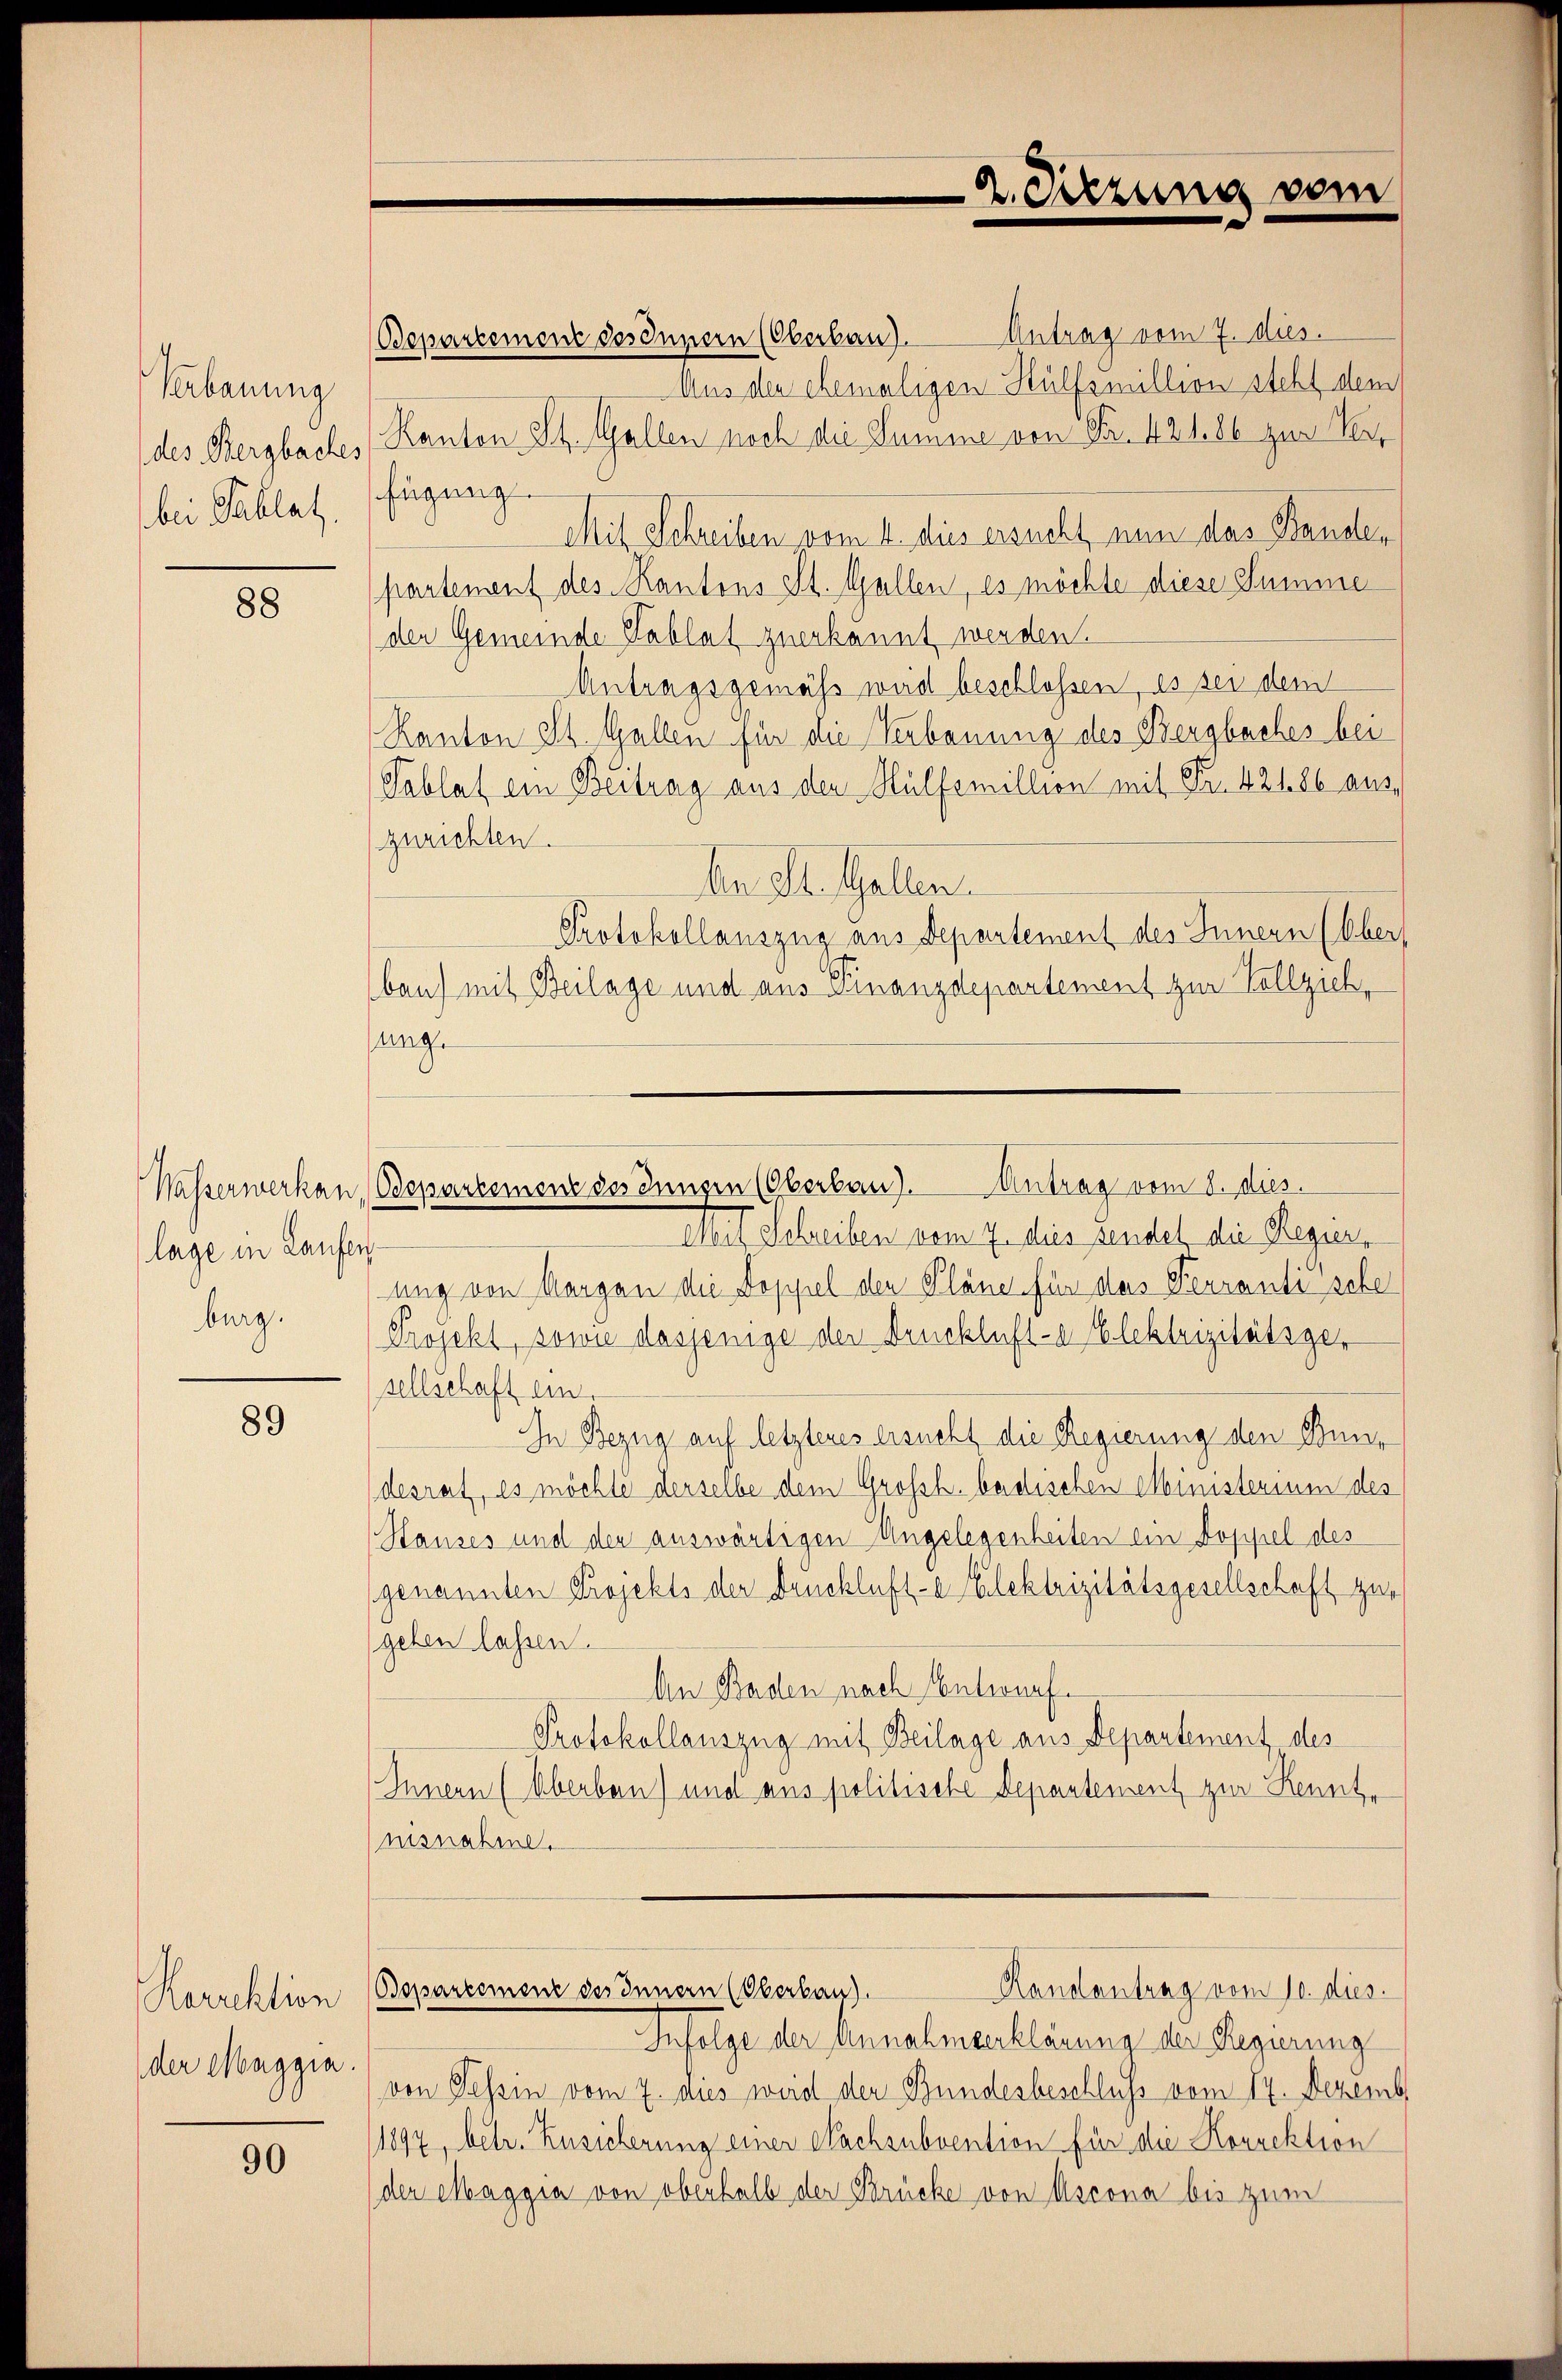
Verbauung
des Bergbaches
bei Tablat.

88

Wasserwerkan
lage in Laufen.
burg.

89

Rorrektion
der Maggia.

90

2. Sitzung vom

Bepartement des Innern (Oberbau). Antrag vom 7. dies.
Aus den ehemaligen Hülfsmillion steht dem
Kanton St. Gallen noch die Summe von Fr. 421. 86 zur Ver
fügung.
Mit Schreiben vom 4. dies ersucht nun das Bander
partement des Kantons St. Gallen, es möchte diese Summe
der Gemeinde Tablat zuerkannt werden.
Antragsgemäß wird beschlossen, es sei dem
Kanton St. Gallen für die Verbauung des Bergbaches bei
Tablat ein Beitrag aus den Hülfsmillion mit Fr. 421 86 auszurichten.
An St. Gallen.
Protokollauszug aus Departement des Innern (Ober
bau) mit Beilage und aus Finanzdepartement zur Vollziehe
sung.
Mit Schreiben vom 7. dies sendet die Regier
ung von Morgen die Doppel den Pläne für das Terrantische
Projekt, sowie dasjenige der Druckluft-e Elektrizitätsger
sellschaft ein.
In Bezug auf letzteres ersucht die Regierung den Bundesrat, es möchte derselbe dem Großh. badischen Ministerium des
Hauses und den auswärtigen Angelegenheiten ein Doppel des
genannten Projekts der Druckluft-a Eilektrizitätsgesellschaft zur
geben lassen.
An Baden nach Entwurf.
Protokollauszug mit Beilage aus Departement des
Innern (Oberben) und aus politische Departement zur Kennte
misnahme.
Bepartement des Innern (Oberbau).
Randantrag vom 10. dies
Infolge der Annahmeerklärung der Regierung
von Tessin vom 7. aus weid der Bundesbeschluss vom 17. Dezemb
1897, betr. Zusicherung einer Nachsubvention für die Korrektion
der Maggia von oberhalb der Brücke von Ascona bis zum

Odepartement des Inngen (Oberbau). Antrag vom 8. dies.